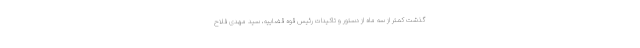
گذشت کمتر از سه ماه از دستور و تاکیدات رئیس قوه قضاییه، سید مهدی فلاح